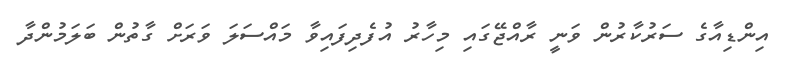
އިންޑިއާގެ ސަރުކާރުން ވަނީ ރާއްޖޭގައި މިހާރު އުފެދިފައިވާ މައްސަލަ ވަރަށް ގާތުން ބަލަމުންދާ